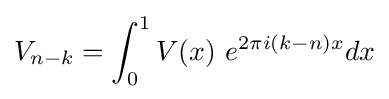
V_{n-k}=\int _{0}^{1}V(x)\ e^{2\pi i(k-n)x}dx